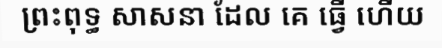
ព្រះពុទ្ធ សាសនា ដែល គេ ធ្វើ ហើយ